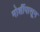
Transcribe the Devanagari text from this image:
मोर्शीपासून